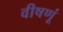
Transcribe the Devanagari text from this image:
वीषणूं